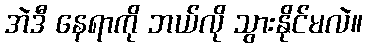
အဲဒီ နေရာကို ဘယ်လို သွားနိုင်မလဲ။